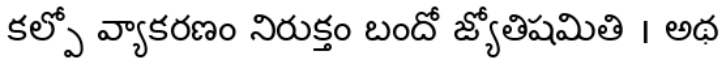
కల్పో వ్యాకరణం నిరుక్తం బందో జ్యోతిషమితి । అథ